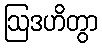
ဩဒဟိတွာ